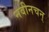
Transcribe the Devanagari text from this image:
नवीनचन्